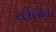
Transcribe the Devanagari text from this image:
ब्लेलौक